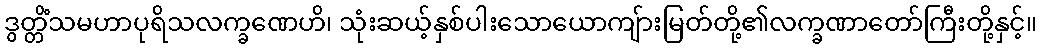
ဒွတ္တိံသမဟာပုရိသလက္ခဏေဟိ၊ သုံးဆယ့်နှစ်ပါးသောယောကျ်ားမြတ်တို့၏လက္ခဏာတော်ကြီးတို့နှင့်။